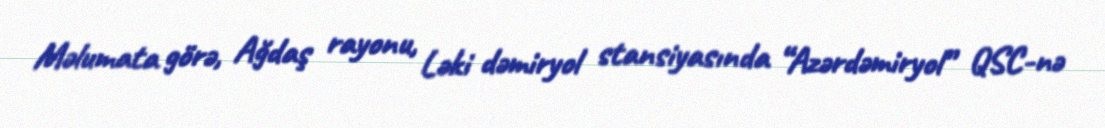
Məlumata görə, Ağdaş rayonu, Ləki dəmiryol stansiyasında “Azərdəmiryol” QSC-nə